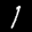
Label: 1